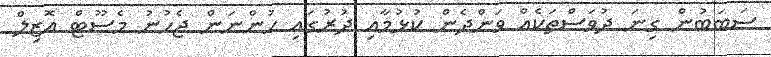
ސަބަބުން ގިނަ ދުވަސްތަކެއް ވަންދެން ކުޅުމާއި ދުރުގައި ހުންނަން ޖެހުނު މެސޫޓް އޮޒިލް